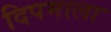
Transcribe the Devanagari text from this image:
दिपमाला